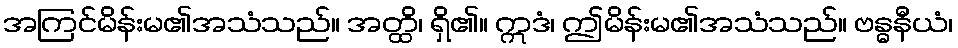
အကြင်မိန်းမ၏အသံသည်။ အတ္ထိ၊ ရှိ၏။ ဣဒံ၊ ဤမိန်းမ၏အသံသည်။ ဗန္ဓနီယံ၊